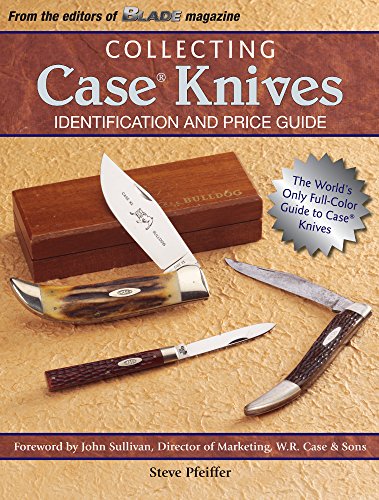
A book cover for Collecting Case Knives: Identification and Price Guide; Steve Pfeiffer; Crafts, Hobbies & Home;